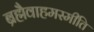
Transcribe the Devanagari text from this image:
ब्रह्मैवाहमस्मीति